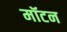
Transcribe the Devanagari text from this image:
मॉटन